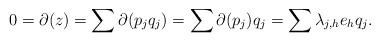
LaTeX: \begin{align*}0=\partial(z)=\sum \partial(p_jq_j)=\sum \partial(p_j)q_j= \sum \lambda_{j,h} e_h q_j.\end{align*}